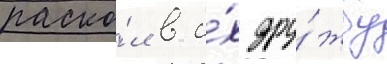
раско́л в и́х дру́жбу